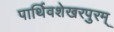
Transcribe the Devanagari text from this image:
पार्थिवशेखरपुरम्